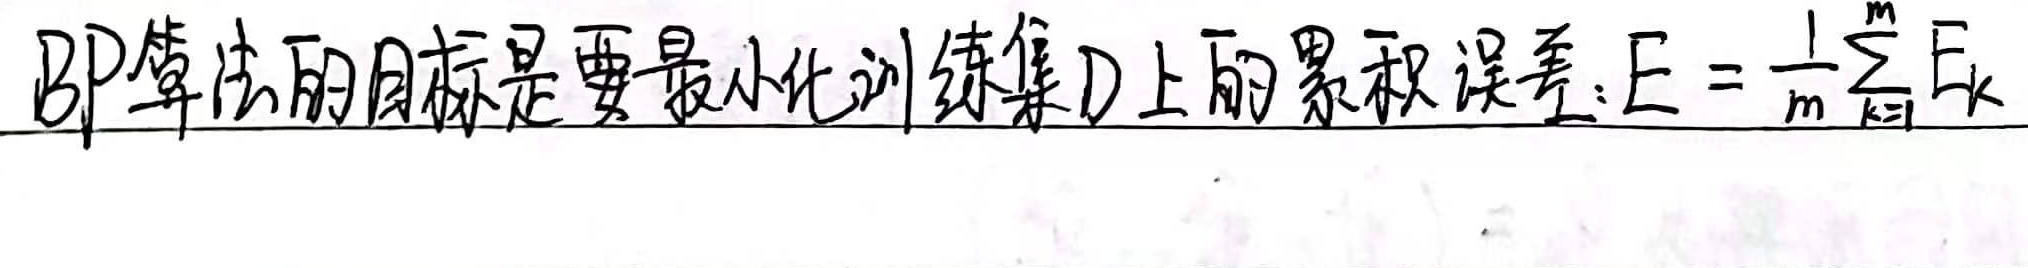
BP算法的目标是要最小化训练集D上的累积误差：\(E = \frac{1}{m}\sum_{k = 1}^{m}E_{k}\)